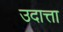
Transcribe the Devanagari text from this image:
उदात्ता